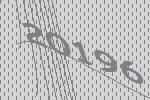
20196